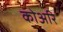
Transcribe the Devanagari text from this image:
कोअरि